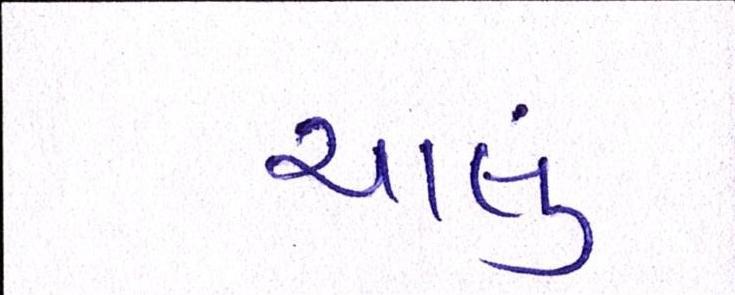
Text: ચાલું